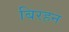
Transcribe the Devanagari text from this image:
बिरहन